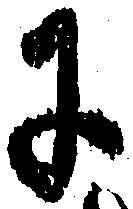
に